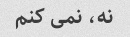
نه، نمی کنم